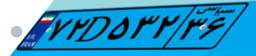
۶۴D۸۰۶۷۷